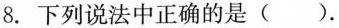
8.下列说法中正确的是( )。